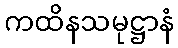
ကထိနသမုဋ္ဌာနံ